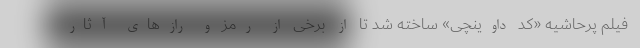
فیلم پرحاشیه «کد داوینچی» ساخته شد تا از برخی از رمز و رازهای آثار